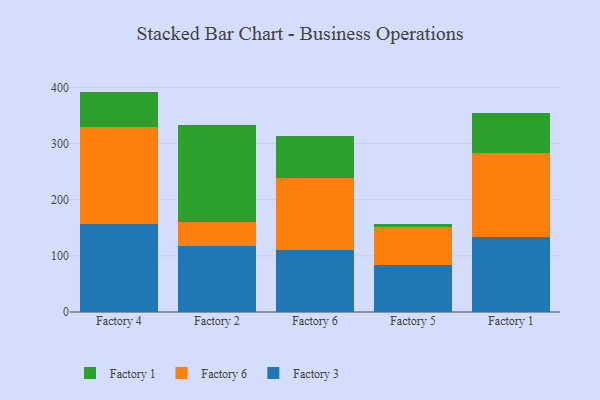
{"axis": {"x": "Factory", "y": "Revenue (USD Million)"}, "legend": ["Factory 1", "Factory 3", "Factory 6"], "data": [{"x": "Factory 4", "y": 157.3, "type": "Factory 3"}, {"x": "Factory 4", "y": 172.6, "type": "Factory 6"}, {"x": "Factory 4", "y": 62.5, "type": "Factory 1"}, {"x": "Factory 2", "y": 117.8, "type": "Factory 3"}, {"x": "Factory 2", "y": 43.0, "type": "Factory 6"}, {"x": "Factory 2", "y": 172.4, "type": "Factory 1"}, {"x": "Factory 6", "y": 110.3, "type": "Factory 3"}, {"x": "Factory 6", "y": 127.4, "type": "Factory 6"}, {"x": "Factory 6", "y": 76.0, "type": "Factory 1"}, {"x": "Factory 5", "y": 83.7, "type": "Factory 3"}, {"x": "Factory 5", "y": 67.8, "type": "Factory 6"}, {"x": "Factory 5", "y": 5.3, "type": "Factory 1"}, {"x": "Factory 1", "y": 134.4, "type": "Factory 3"}, {"x": "Factory 1", "y": 149.5, "type": "Factory 6"}, {"x": "Factory 1", "y": 70.8, "type": "Factory 1"}]}